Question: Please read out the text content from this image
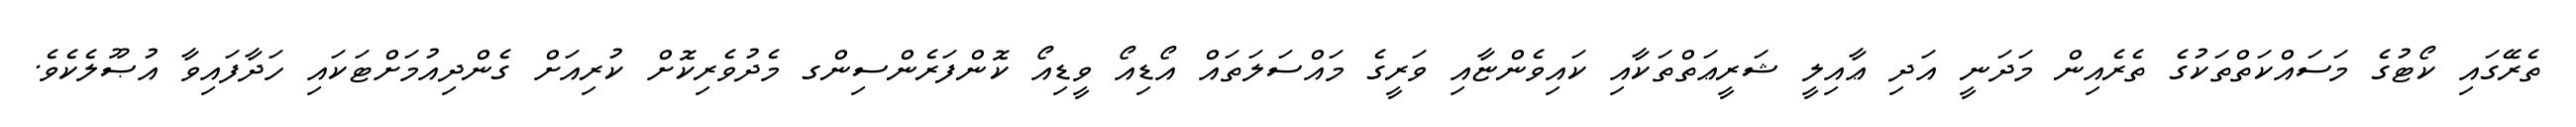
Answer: ތެރޭގައި ކޯޓުގެ މަސައްކަތްތަކުގެ ތެރެއިން މަދަނީ އަދި ޢާއިލީ ޝަރީޢަތްތަކާއި ކައިވެންޏާއި ވަރީގެ މައްސަލަތައް އޯޑިއޯ ވީޑިއޯ ކޮންފަރެންސިންގ މެދުވެރިކޮށް ކުރިއަށް ގެންދިއުމަށްޓަކައި ހަދާފައިވާ އުޞޫލެކެވެ.